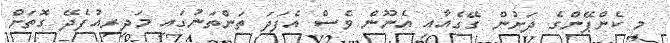
މި ކެންޕޭންގެ ދަށުން ގޭގެއާއި އެނޫން ވެސް އެފަދަ ތަންތަނުގައި މަދިރިއުފެދޭ ގޮތަށް